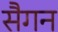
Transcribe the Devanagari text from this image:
सैगन